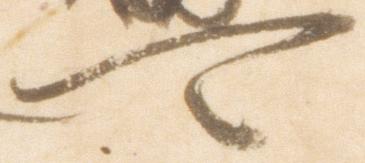
可